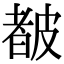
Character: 𥀁